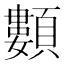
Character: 䫫